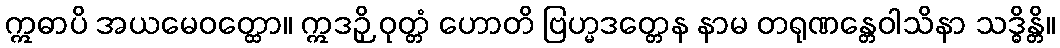
ဣဓာပိ အယမေဝတ္ထော။ ဣဒဉှိ ဝုတ္တံ ဟောတိ ဗြဟ္မဒတ္တေန နာမ တရုဏန္တေဝါသိနာ သဒ္ဓိန္တိ။